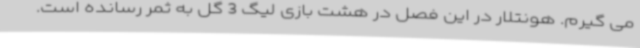
می گیرم. هونتلار در این فصل در هشت بازی لیگ 3 گل به ثمر رسانده است.